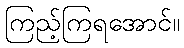
ကြည့်ကြရအောင်။